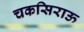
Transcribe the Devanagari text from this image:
चकसिराऊ